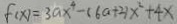
f ( x ) = 3 a x ^ { 4 } - ( 6 a + 2 ) x ^ { 2 } + 4 x